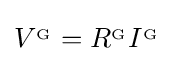
V^{_{\mathrm {G} }}=R^{_{\mathrm {G} }}I^{_{\mathrm {G} }}